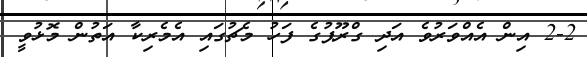
2-2 އިން އެއްވަރުވެ އަދި ގްރޫޕުގެ ފަހު މެޗުގައި އެމެރިކާ އަތުން މޮޅުވީ